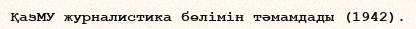
ҚазМУ журналистика бөлімін тәмамдады (1942).